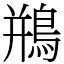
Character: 鵧